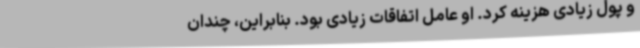
و پول زیادی هزینه کرد. او عامل اتفاقات زیادی بود. بنابراین، چندان